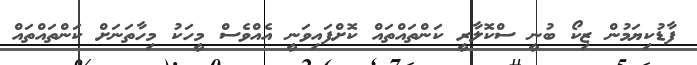
ފާޑުކިޔަމުން ޒިކޯ ބުނީ ސްކޮލާރީ ކަންތައްތައް ކޮށްފައިވަނީ އެއްވެސް މީހަކު މިހާތަނަށް ކަންތައްތައް